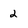
Character: 2